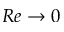
R e \to 0